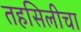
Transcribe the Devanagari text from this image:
तहसिलीचा